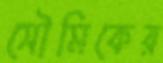
সৌমিকের